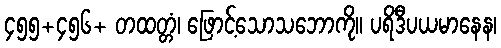
၄၅၅+၄၅၆+ တထတ္တံ၊ ဖြောင့်သောသဘောကို။ ပရိဒီပယမာနေန၊